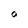
Character: O